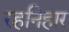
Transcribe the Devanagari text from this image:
रहनिहार